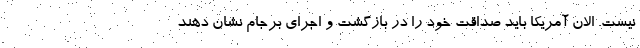
نیست. الان آمریکا باید صداقت خود را در بازگشت و اجرای برجام نشان دهند